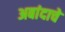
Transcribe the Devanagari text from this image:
अबांदाचे